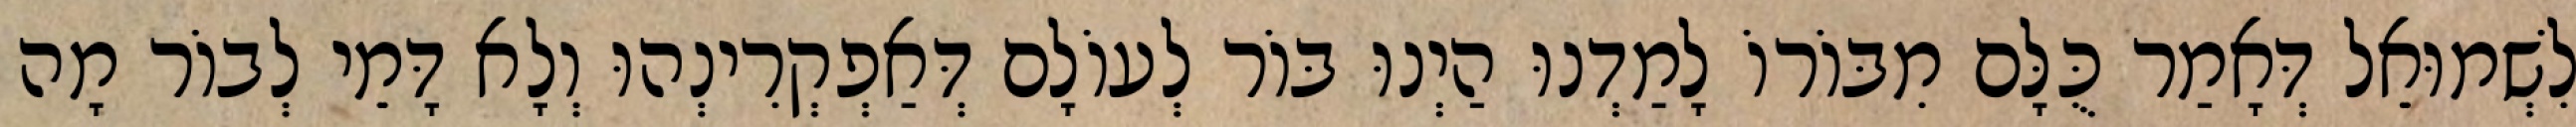
לִשְׁמוּאֵל דְּאָמַר כֻּלָּם מִבּוֹרוֹ לָמַדְנוּ הַיְנוּ בּוֹר לְעוֹלָם דְּאַפְקְרִינְהוּ וְלָא דָּמֵי לְבוֹר מָה